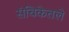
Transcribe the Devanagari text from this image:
संचिकेतले